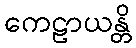
ကေဠာယန္တိ